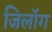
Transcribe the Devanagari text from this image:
जिलॉग